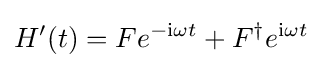
H'(t)=Fe^{-\mathrm {i} \omega t}+F^{\dagger }e^{\mathrm {i} \omega t}